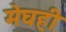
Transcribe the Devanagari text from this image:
मेघही